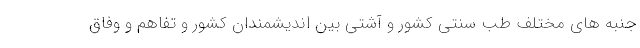
جنبه های مختلف طب سنتی کشور و آشتی بین اندیشمندان کشور و تفاهم و وفاق